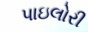
પાઇલોરી